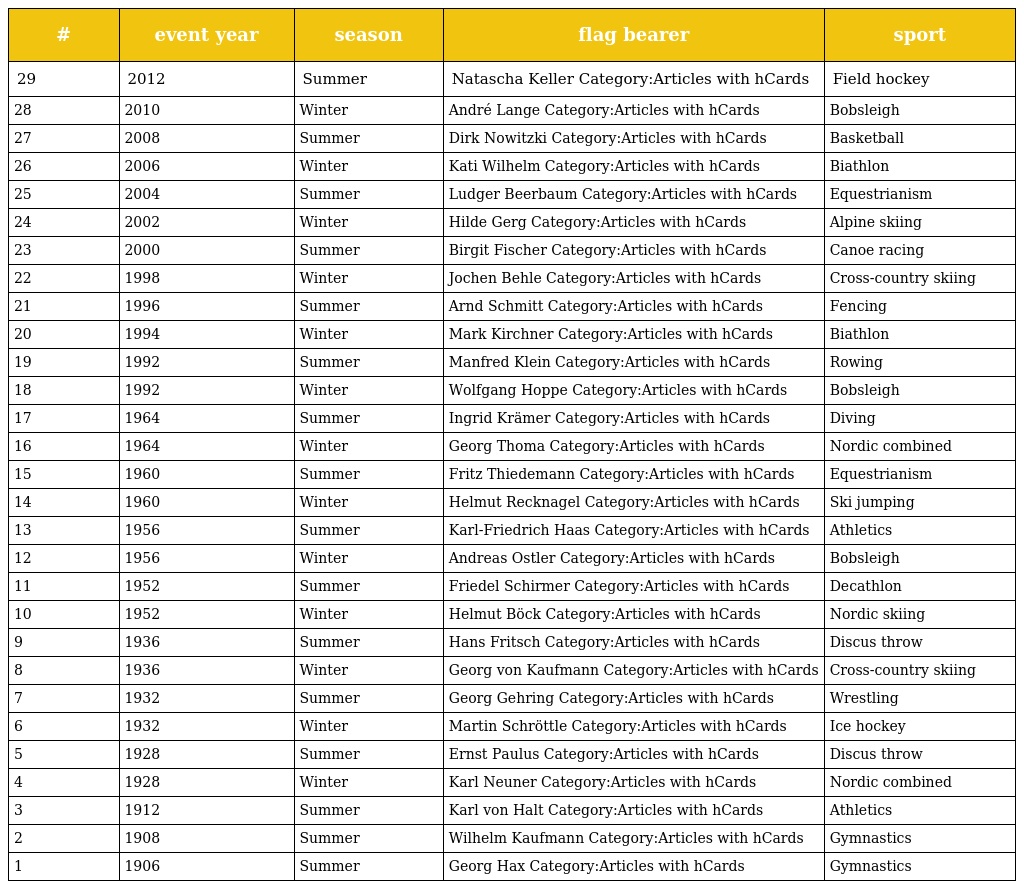
| # | event year | season | flag bearer | sport |
 | --- | --- | --- | --- | --- |
 | 29 | 2012 | Summer | Natascha Keller Category:Articles with hCards | Field hockey |
 | 28 | 2010 | Winter | André Lange Category:Articles with hCards | Bobsleigh |
 | 27 | 2008 | Summer | Dirk Nowitzki Category:Articles with hCards | Basketball |
 | 26 | 2006 | Winter | Kati Wilhelm Category:Articles with hCards | Biathlon |
 | 25 | 2004 | Summer | Ludger Beerbaum Category:Articles with hCards | Equestrianism |
 | 24 | 2002 | Winter | Hilde Gerg Category:Articles with hCards | Alpine skiing |
 | 23 | 2000 | Summer | Birgit Fischer Category:Articles with hCards | Canoe racing |
 | 22 | 1998 | Winter | Jochen Behle Category:Articles with hCards | Cross-country skiing |
 | 21 | 1996 | Summer | Arnd Schmitt Category:Articles with hCards | Fencing |
 | 20 | 1994 | Winter | Mark Kirchner Category:Articles with hCards | Biathlon |
 | 19 | 1992 | Summer | Manfred Klein Category:Articles with hCards | Rowing |
 | 18 | 1992 | Winter | Wolfgang Hoppe Category:Articles with hCards | Bobsleigh |
 | 17 | 1964 | Summer | Ingrid Krämer Category:Articles with hCards | Diving |
 | 16 | 1964 | Winter | Georg Thoma Category:Articles with hCards | Nordic combined |
 | 15 | 1960 | Summer | Fritz Thiedemann Category:Articles with hCards | Equestrianism |
 | 14 | 1960 | Winter | Helmut Recknagel Category:Articles with hCards | Ski jumping |
 | 13 | 1956 | Summer | Karl-Friedrich Haas Category:Articles with hCards | Athletics |
 | 12 | 1956 | Winter | Andreas Ostler Category:Articles with hCards | Bobsleigh |
 | 11 | 1952 | Summer | Friedel Schirmer Category:Articles with hCards | Decathlon |
 | 10 | 1952 | Winter | Helmut Böck Category:Articles with hCards | Nordic skiing |
 | 9 | 1936 | Summer | Hans Fritsch Category:Articles with hCards | Discus throw |
 | 8 | 1936 | Winter | Georg von Kaufmann Category:Articles with hCards | Cross-country skiing |
 | 7 | 1932 | Summer | Georg Gehring Category:Articles with hCards | Wrestling |
 | 6 | 1932 | Winter | Martin Schröttle Category:Articles with hCards | Ice hockey |
 | 5 | 1928 | Summer | Ernst Paulus Category:Articles with hCards | Discus throw |
 | 4 | 1928 | Winter | Karl Neuner Category:Articles with hCards | Nordic combined |
 | 3 | 1912 | Summer | Karl von Halt Category:Articles with hCards | Athletics |
 | 2 | 1908 | Summer | Wilhelm Kaufmann Category:Articles with hCards | Gymnastics |
 | 1 | 1906 | Summer | Georg Hax Category:Articles with hCards | Gymnastics |